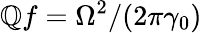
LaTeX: \mathbb{Q}f=\Omega^{2}/(2\pi\gamma_{0})